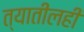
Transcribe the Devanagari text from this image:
त्यातीलही